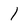
Character: 1